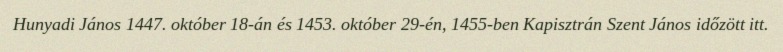
Hunyadi János 1447. október 18-án és 1453. október 29-én, 1455-ben Kapisztrán Szent János időzött itt.